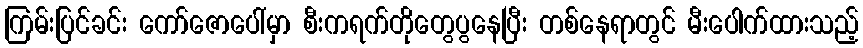
ကြမ်းပြင်ခင်း ကော်ဇောပေါ်မှာ စီးကရက်တိုတွေပွနေပြီး တစ်နေရာတွင် မီးပေါက်ထားသည့်